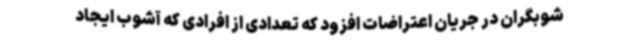
شوبگران در جریان اعتراضات افزود که تعدادی از افرادی که آشوب ایجاد